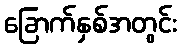
ခြောက်နှစ်အတွင်း